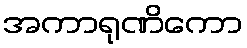
အကာရုဏိကော